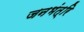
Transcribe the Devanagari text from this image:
जनभंत्रि